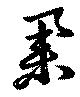
挙